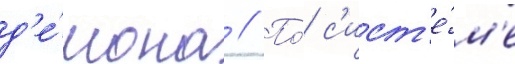
д'е́мона // По́ с'ист'е́м'е